Vaccine operations Central Provinces & Berar 1922-1929 - 1922-1929
Year: 1922
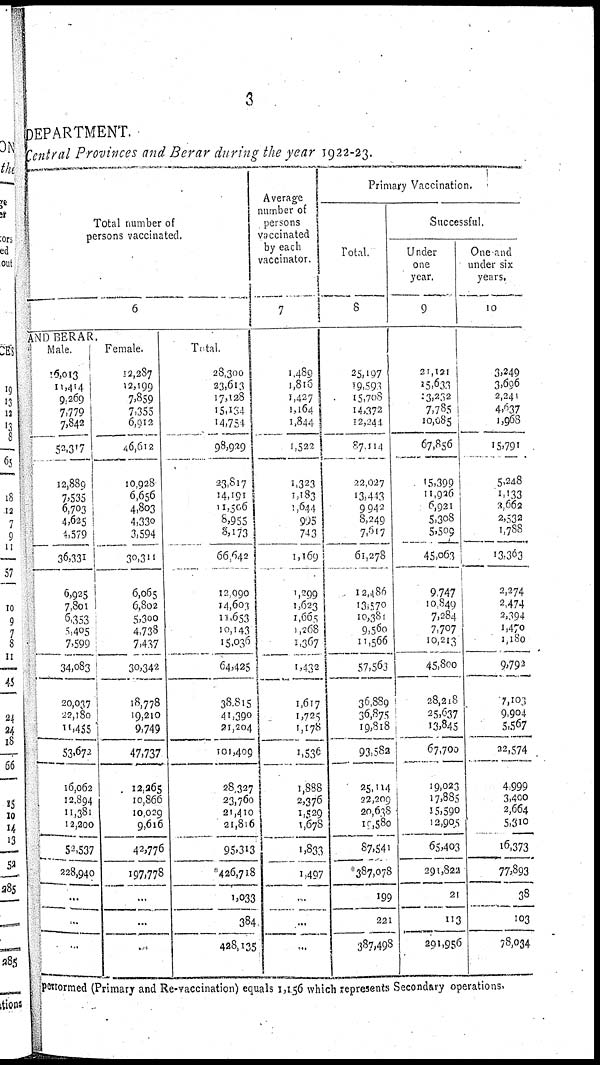
3
DEPARTMENT.
Central Provinces and Berar during the year 1922-23.
Total number of
persons vaccinated.
6
AND BERAR.
Male.
16,013
11,414
9,269
7,779
7,842
52,317
12,889
7,535
6,703
4,625
4,579
36,331
6,925
7,801
6,353
5,405
7,599
34,083
20,037
22,180
11,455
53,672
16,062
12,894
11,381
12,200
52,537
228,940
...
...
...
Female.
12,287
12,199
7,859
7,355
6,912
46,612
10,928
6,656
4,803
4,330
3,594
30,311
6,065
6,802
5,300
4,738
7,437
30,342
18,778
19,210
9,749
47,737
12,265
10,866
10,029
9,616
42,776
197,778
...
...
...
Total.
28,300
23,613
17,128
15,134
14,754
98,929
23,817
14,191
11,506
8,955
8,173
66,642
12,990
14,603
11,653
10,143
15,036
64,425
38,815
41,390
21,204
101,409
28,327
23,760
21,410
21,816
95,313
*426,718
1,033
384
428,135
Average
number of
persons
vaccinated
by each
vaccinator.
7
1,489
1,816
1,427
1,164
1,844
1,522
1,323
1,183
1,644
995
743
1,169
1,299
1,623
1,665
1,268
1,367
1,432
1,617
1,725
1,178
1,536
1,888
2,376
1,529
1,678
1,833
1,497
...
...
...
Primary Vaccination.
Total.
8
25,197
19,593
15,708
14,372
12,244
87,114
22,027
13,443
9,942
8,249
7,617
61,278
12,486
13,570
10,381
9,560
11,566
57,563
36,889
36,875
19,818
93,582
25,114
22,209
20,638
10,580
87,541
*387,078
199
221
387,498
Successful.
Under
one
year.
9
21,121
15,633
13,232
7,785
10,085
67,856
15,399
11,926
6,921
5,308
5,509
45,063
9,747
10,849
7,284
7,707
10,213
45,800
28,218
25,637
13,845
67,700
19,023
17,885
15,590
12,905
65,403
291,822
21
113
291,956
One and
under six
years.
10
3,249
3,696
2,241
4,637
1,968
15,791
5,248
1,133
3,662
2,532
1,788
13,363
2,274
2,474
2,394
1,470
1,180
9,792
7,103
9,904
5,567
22,574
4,999
3,400
2,664
5,310
16,373
77,893
38
103
78,034
performed (Primary and Re-vaccination) equals 1,156 which represents Secondary operations.